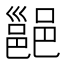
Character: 𮠅